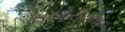
સરમરીયાદાદા